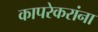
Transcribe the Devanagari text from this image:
कापरेकरांना